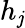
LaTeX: h_{\mathit{j}}